Vana-Antsla_vallavalitsus, lk 168
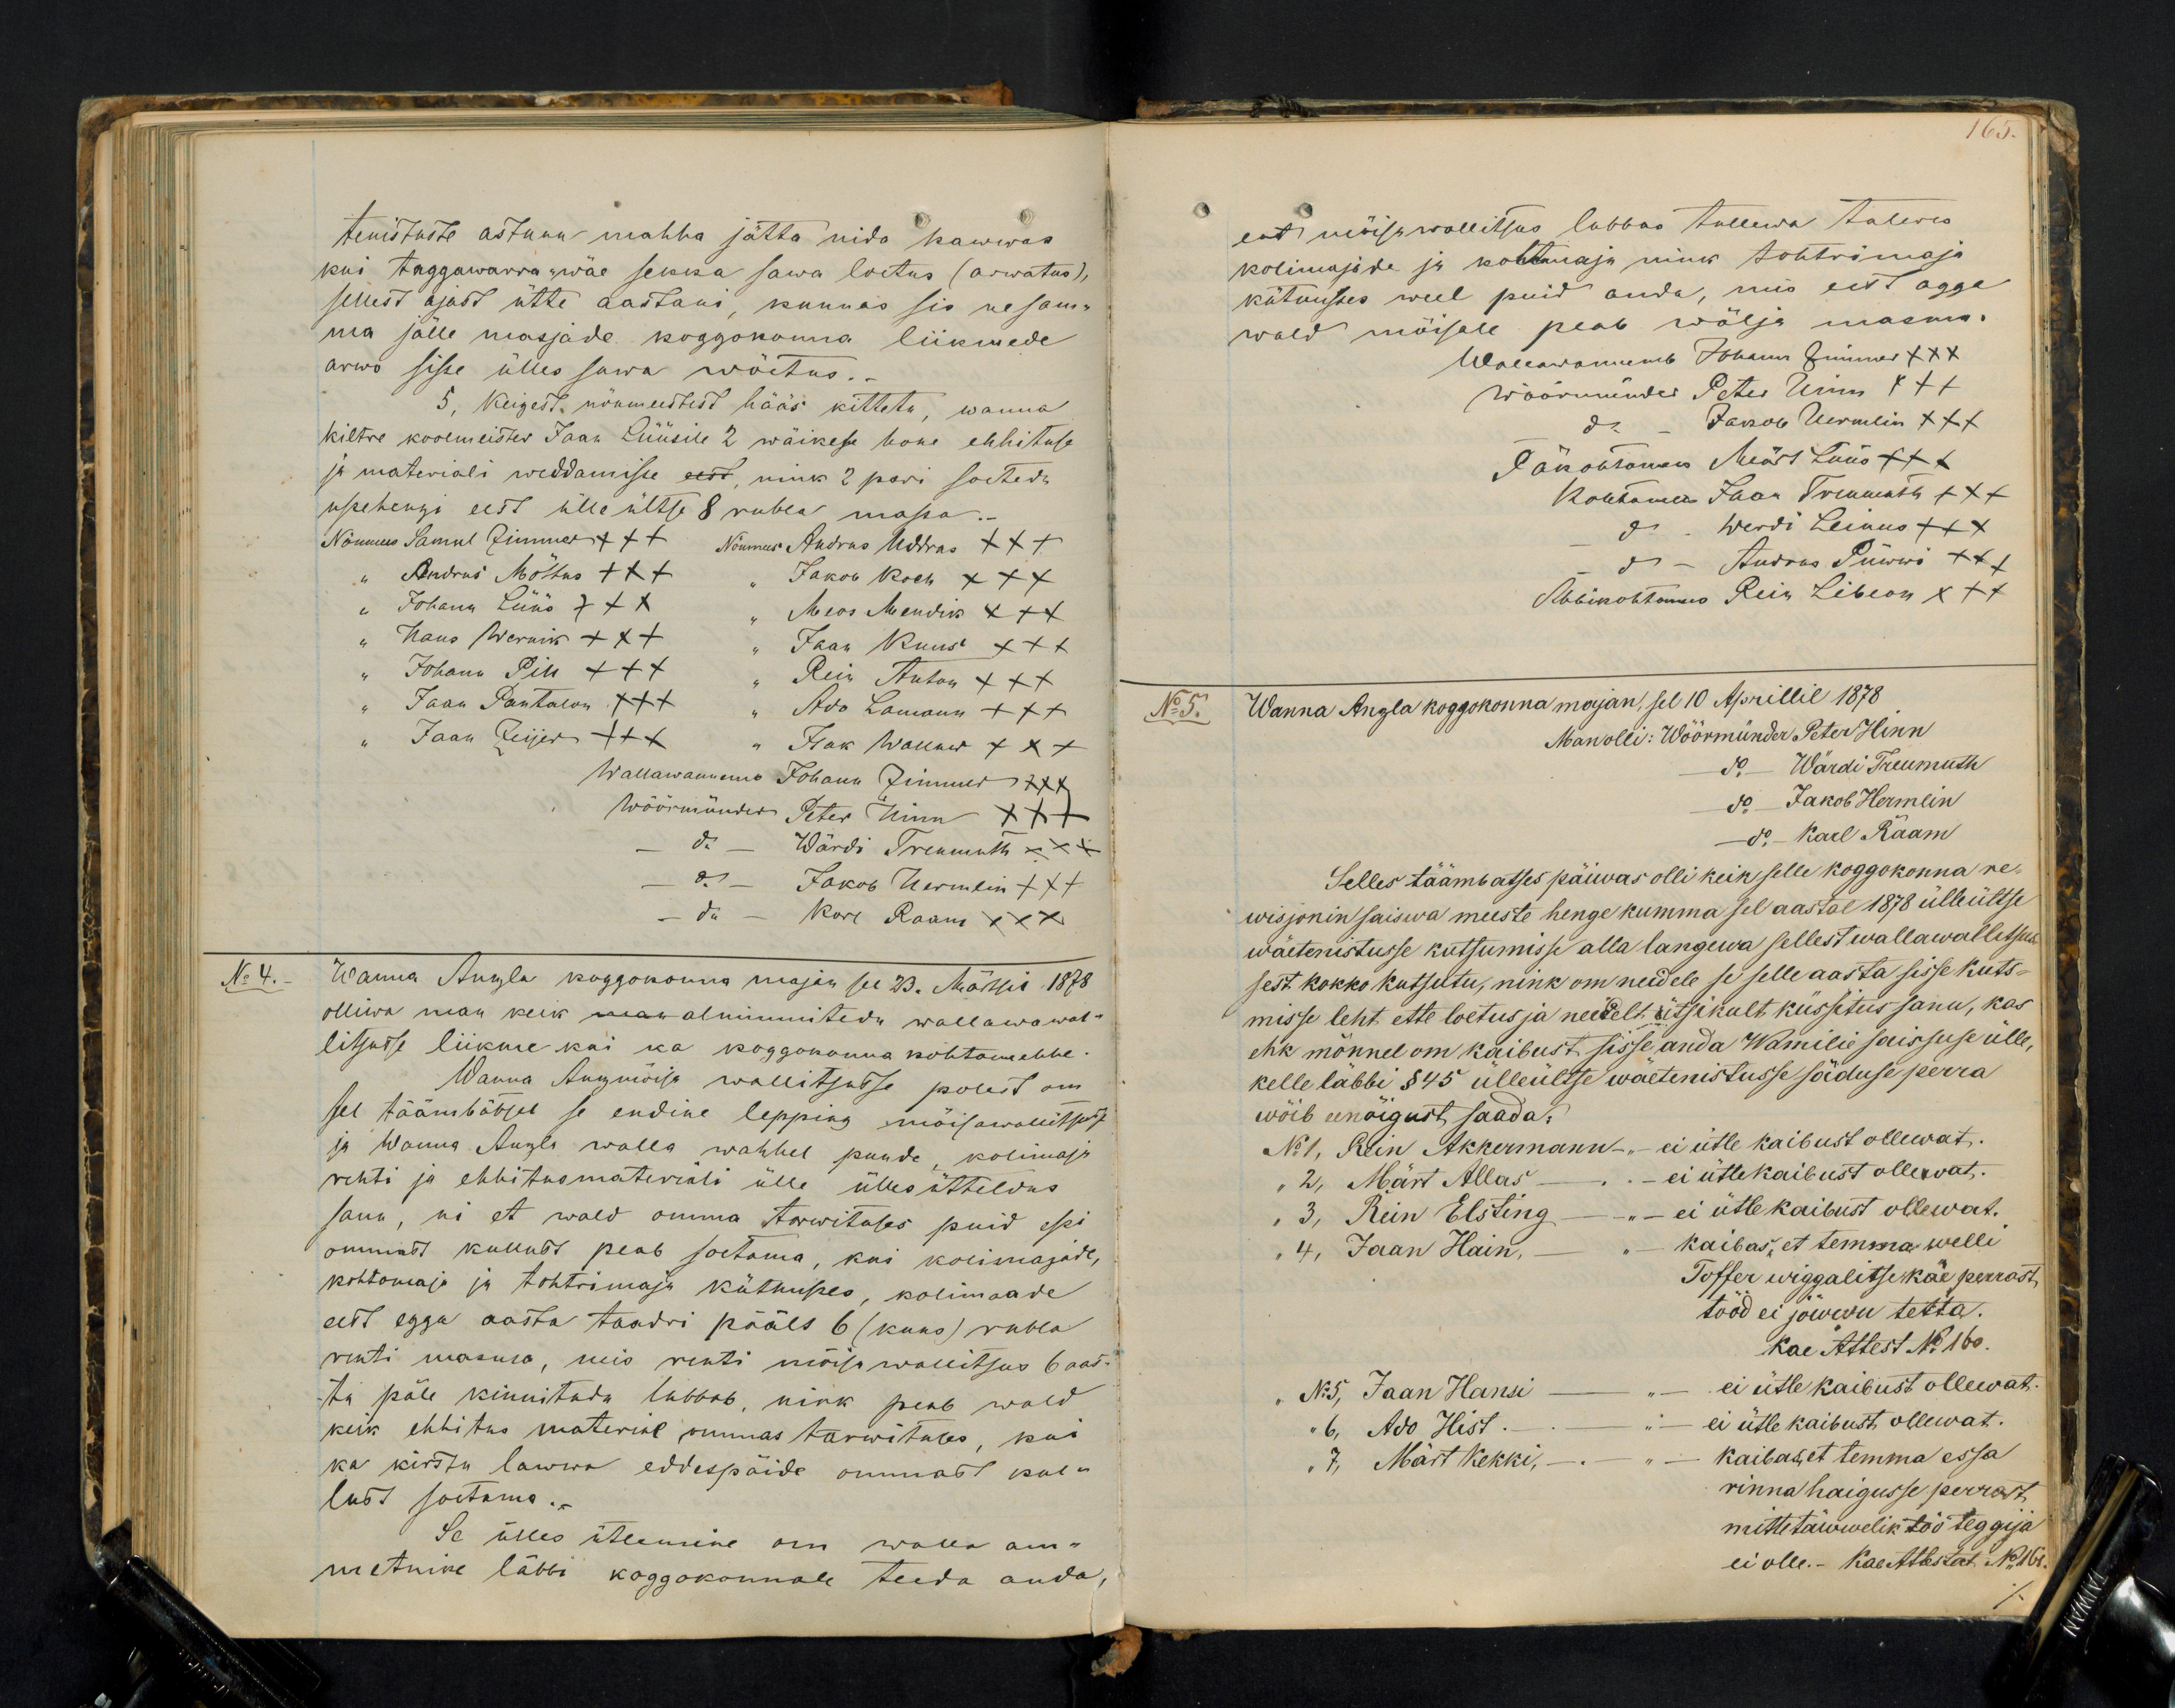
tenistusse astunu mahha jätta nida kawwas
kui taggawarra-wäe sekka sawa loetus (arwatus),
sellest ajast ütte aastani, kunnas sis nesama
ma jälle masjade koggokonna liikmede
arwo sisse ülles sawa wöetus.
5. Keigest nöumeestest hääs kittetu, wanna
kiltre koolmeister Jaan Lüüsile 2 wäikese hoone ehhituse
ja materiali weddamisse eest nink 2 pari soetedu
usehengi eest ülle ültse 8 rubla massa.
Nöumees Samul Zimmer +++ Nöumees Andrus Uddras +++
" Andrus Möttus XXX " Jakob Koch XXX
" Johann Lüüs XXX " Meos Mendik XXX
" Hans Wernik XXX " Jaan Kuus xxx
" Johann Pik XXX
Rein Anton XXX
" Jaan Pantalon XXX "
Ado Lamann XXX
" Jaan Zeijer +++ " " Isak Wallner xxx
Wallawannemb Johann Zimmer XXX
Wöörmünder Peter Hinn XXX
do Wärdi Treumuth XXX
do Jakob Hermlin XXX
- do - Karl Raam XXX
No 4.
Wanna Anzla koggokonna majan see 23. Märsil 1878
olliwa man keik man alnimmitedu wallawawal-
litsusse liikme kui ka koggokonna kohtomehhe.
Wanna Anzmöisa wallitsusse polest om
sel täämbätsel se endine lepping mõisawallitsusse
ja Wanna Anzla walla wahhel puude, kolimaja
renti ja ehhitusmateriali ülle ülles ütteldus
saun, ni et wald omma tarwituses puid essi-
ommast kullust peab soetama, kui kolimajade,
kohtomaja ja tohtrimaja kütmisses, kolimaade
eest egga aasta taadri päält 6 (kuus) rubla
renti masma, mis renti mõisa wallitsus 6 aas-
ta päle kinniteda lubbab nink peab wald
keik ehhitus material ommas tarwituses, kui
ka kirstu lawwa eddespäide ommast kul-
lust soetama.-
Se ülles ütlemine om walla am-
metnike läbbi koggokonnale teeda anda,

165.
ent möisa wallitsus lubbas tullewa talwes
kolimajade ja kohtomaja nink tohtrimaja
kütmisses weel puid anda, mis eest agga
wald möisale peab wälja masma.
Wallawannemb Johann Zimmer XXX
wöörmünder Peter Hinn XXX
do - Jakob Hermlin XXX
Päkohtomees Märt Lüüs +++
Kohtomees Jaan Treumuth XXX
do Werdi Leinus XXX
do - Andres Püwwi XXX
Abbikohtomees Rein Libeon XXX
No 5.
Wanna Anzla koggokonna majan, sel 10 Aprillil 1878
Man olli: Wöörmünder Peter Hinn
do Wärdi Treumuth
do Jakob Hermlin
do - Karl Raam
Selles täämbatses päiwas olli keik selle koggokonna re-
wisjonin saiswa meeste henge kumma sel aastal 1878 ülle ültse
wäeteenistusse kutsumisse alla langewa sellest wallawallitsus
sest kokko kutsutu, nink om neidele se selle aasta sisse kuts-
misse leht ette loetus ja neidelt ütsikult küssitus sanu, kas
ehk mönnel om kaibust sisse anda Wamilie saissuse ülle,
kelle läbbi §45 ülleültse waetenistusse säduse perra
wöib eenöigust saada.
No 1, Rein Akkermann - ei ütle kaibust ollewat.
" 2, Märt Allas - " ei ütle kaibust ollewat.
" 3, Rein Elsting - " - ei ütle kaibust ollewat."
" 4, Jaan Hain,
kaibas, et temma welli
Toffer wiggalitse käe perrast
tööd ei jõwwu tetta.
Kae attest No 160.
" No 5, Jaan Hansi - " - ei ütle kaibust ollewat.
" 6, Ado Hist - " - ei ütle kaibust ollewat.
" 7, Märt Kekki, - " - Kaibas, et temma essa
rinna haigusse perrast
mittetäwwelik töö teggija
ei olle.- Kae Attestat No 161